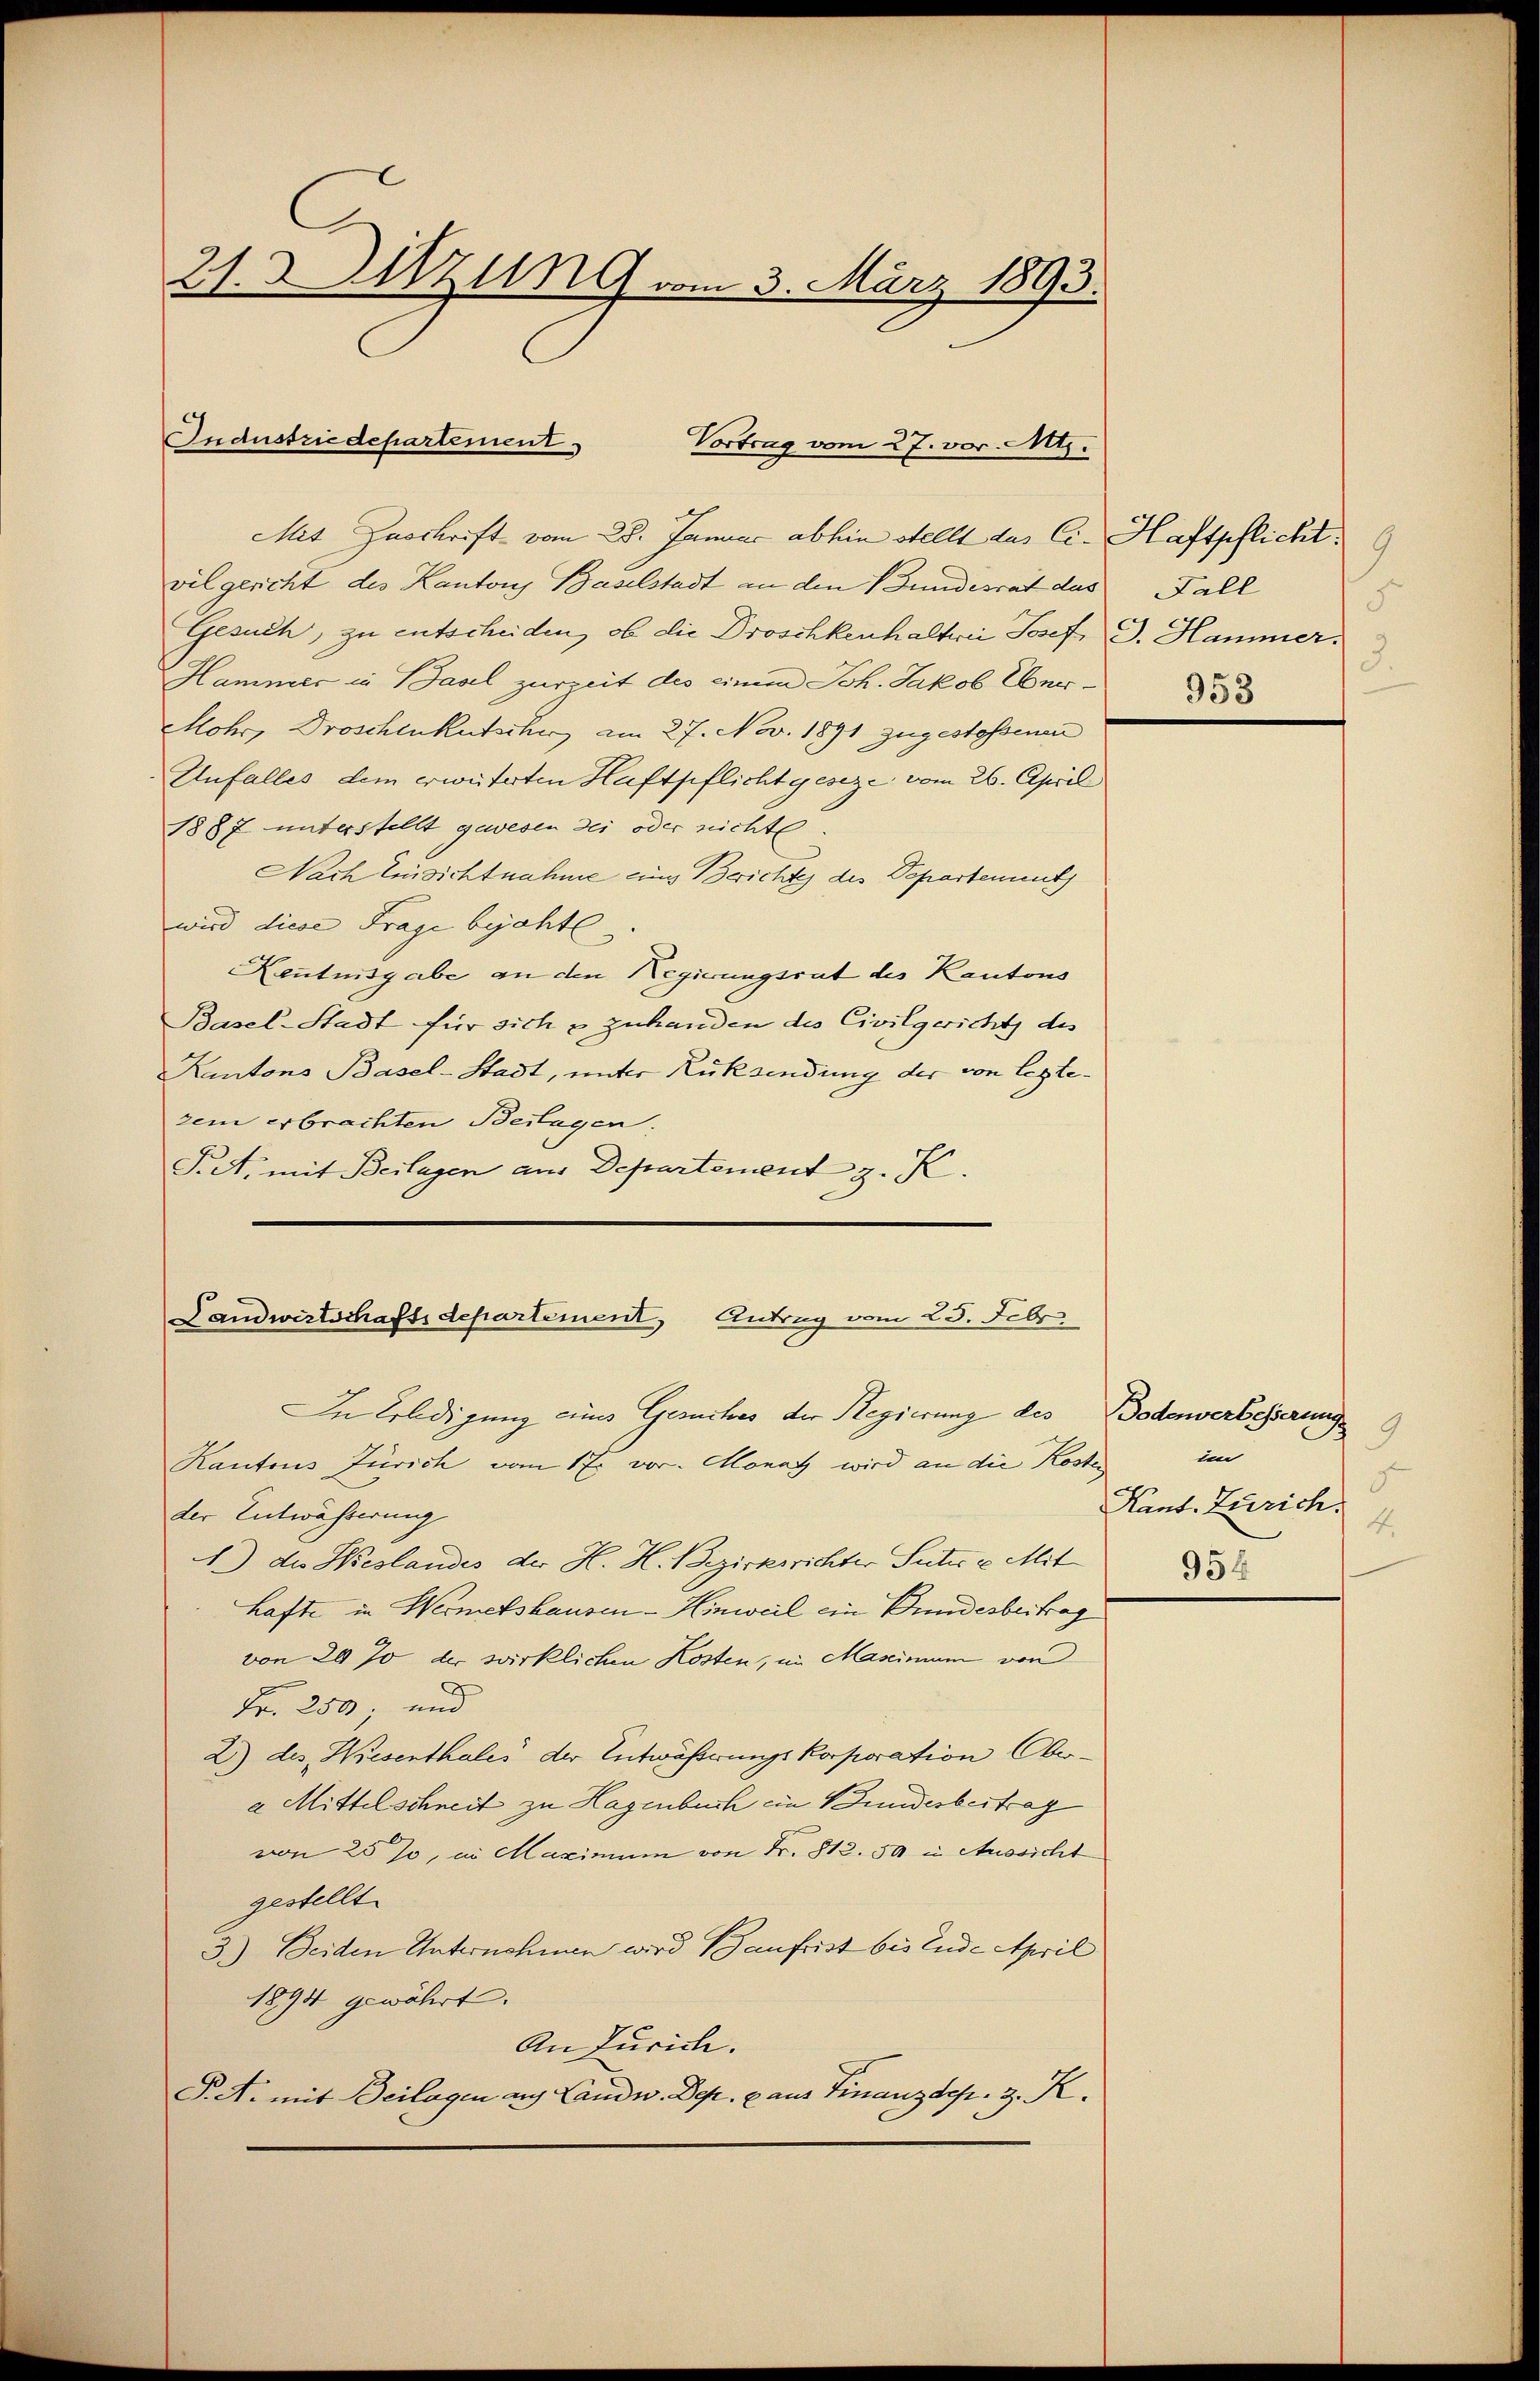
21. & Wzung vom 3. März 1893.

Industrie departement.
Vortrag vom 27. vor. Mts.

Mit Zuschrift vom 28. Januar abhin stellt des C. Haftpflicht
vilgericht des Kantons Baselstadt an den Bundesrat das Fall
Gesuch, zu entscheiden, ob die Droschkenhalterei Josef G. Hammer.
Hammer in Basel zurzeit des einem Joh. Jakob Eber¬
Mohr, Droschenkutscher am 27. Nov. 1891 zugestossenen
Unfalles dem erweiterten Haftpflicht geseze, vom 26. April
1887 unterstellt gewesen dei oder nichte.
Nach Einsichtnahme eines Berichte des Departenunt
wird diese Frage bejahte.
Keutnnsgabe an den Regierungsrat des Kantons
Basel-Stadt für sich & zuhanden des Civilgerichts des
Kantons Basel-Stadt, unter Rücksendung der von legtezem erbrachten Bestagen.
J. A. mit Beilagen aus Departement z. K.

Landwirtschaft departement, Antrag vom 25. Febr.

In Erledigung eines Gesuches der Regierung des Bodenverbesserungs
Kantons Zürich vom 17. vor. Monat wird an die Kosten
der Entwässerung
1) die Wieslandes der H. H. Bezirksrichter Suter v. Mit
hafte in Wermetshausen - Hinweil ein Bundesbeitrag
von 20 % der wirklichen Kosten, im Mascimum von
D
Fr. 2500 und
2) des Wiesenthales der Entwässerungskorporation Obera Mittelschneit zu Hagenbuch ein Bundesbertrag
von 25 %, in Maximum von Fr. 812.50 in Aussicht
gestellt.
3.) Beiden Unternehmen wird aufrist bis Ende April
1894 gewährt.
An Zürich.
P.A. mit Beilagen auf Landw. Dep. aus Finanzdep. 3. K.

5
3.
953

9
ten
F
Kant. Zürich.
4.
954